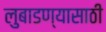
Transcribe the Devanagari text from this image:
लुबाडण्यासाठी